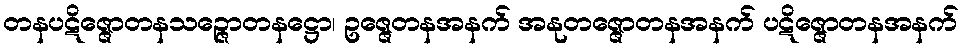
တနပဋိဇ္ဇောတနသဉ္ဇောတနဋ္ဌော၊ ဥဇ္ဇေတနအနက် အနုတဇ္ဇောတနအနက် ပဋိဇ္ဇောတနအနက်